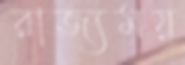
রাজ্যময়